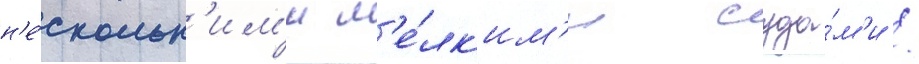
н'е́скольк'им'и м'е́лк'им'и суда́м'и /